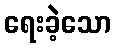
ရေးခဲ့သော